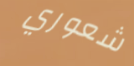
شعوري